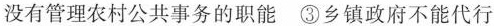
没有管理农村公共事务的职能\textcircled {3}乡镇政府不能代行